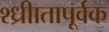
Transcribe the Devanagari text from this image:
श्ध्रीातापूर्वक